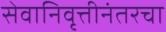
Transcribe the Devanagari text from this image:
सेवानिवृत्तीनंतरचा